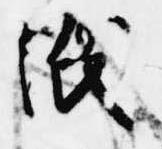
紙